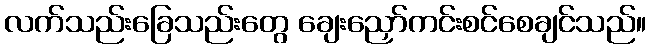
လက်သည်းခြေသည်းတွေ ချေးညှော်ကင်းစင်စေချင်သည်။